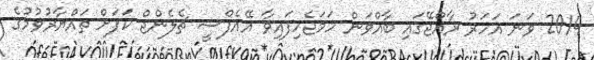
2014 ވަނަ އަހަރު ރާއްޖޭގައި ބާއްވަން ހަމަޖެހިފައިވާ އޭއެފްސީ ޗެލެންޖް ކަޕަށް ތައްޔާރުވުމުގެ